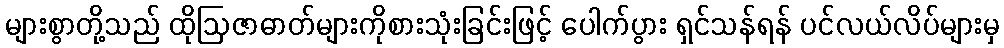
များစွာတို့သည် ထိုဩဇာဓာတ်များကိုစားသုံးခြင်းဖြင့် ပေါက်ပွား ရှင်သန်ရန် ပင်လယ်လိပ်များမှ